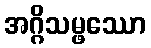
အဂ္ဂိသမ္ဖဿော